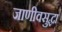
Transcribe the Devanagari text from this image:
जाणीवसुद्धा